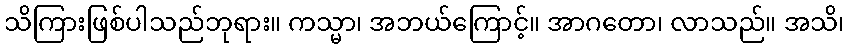
သိကြားဖြစ်ပါသည်ဘုရား။ ကသ္မာ၊ အဘယ်ကြောင့်။ အာဂတော၊ လာသည်။ အသိ၊